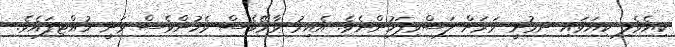
ކިޔެވެލި ކިޔަވައި ނިމުނީ ވަރަށް ލަސްވިފަހުންނެވެ. އެއިރު ވާރޭވެސް ވެހުންވެސް ވަނީ ހުއްޓިފައެވެ.